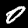
Label: 0